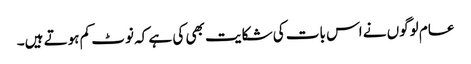
عام لوگوں نے اس بات کی شکایت بھی کی ہے کہ نوٹ کم ہوتے ہیں۔